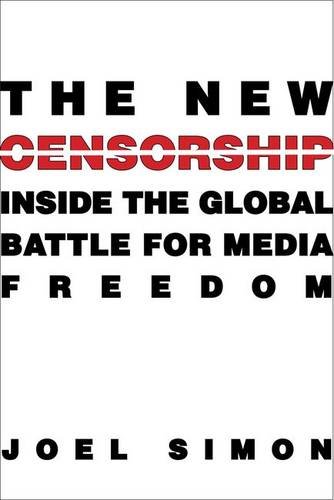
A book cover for The New Censorship: Inside the Global Battle for Media Freedom (Columbia Journalism Review Books); Joel Simon; Law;